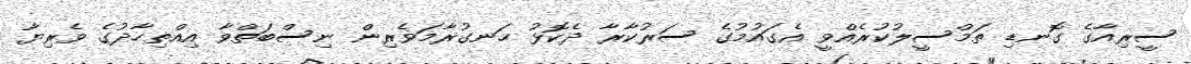
ސީރިއާގެ ގޮނޑި ތަމްސީލުކުރެއްވީ އެގައުމުގެ ސަރުކާރާ ދެކޮޅު ހަނގުރާމަވެރިން ނިސްބަތްވާ އިއްތިހާދުގެ ވެރިޔާ